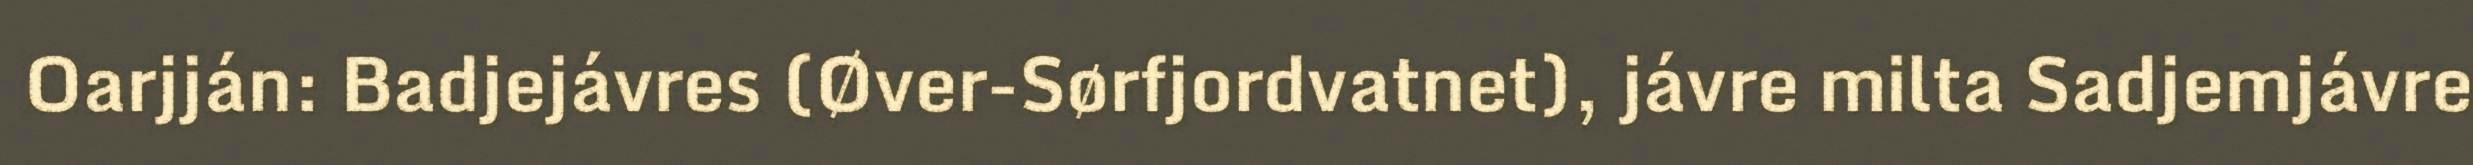
Oarjján: Badjejávres (Øver-Sørfjordvatnet), jávre milta Sadjemjávre